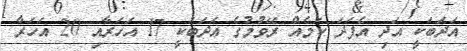
އަދަބަކީ އަދި އެފަދަ ކަމެއް ރޭވުމުގެ އަދަބަކީ 17 އަހަރާއި 20 އަހަރާ